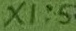
Text: X1:5